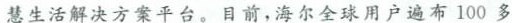
慧生活解决方案平台。目前，海尔全球用户遍布100多